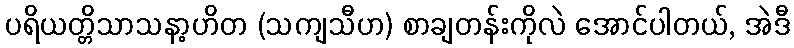
ပရိယတ္တိသာသနာ့ဟိတ (သကျသီဟ) စာချတန်းကိုလဲ အောင်ပါတယ်, အဲဒီ